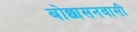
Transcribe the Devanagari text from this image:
बोछासनवासी